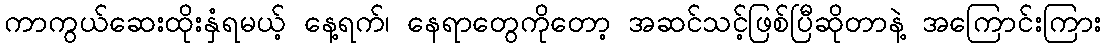
ကာကွယ်ဆေးထိုးနှံရမယ့် နေ့ရက်၊ နေရာတွေကိုတော့ အဆင်သင့်ဖြစ်ပြီဆိုတာနဲ့ အကြောင်းကြား